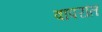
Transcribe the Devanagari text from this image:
वापरांत